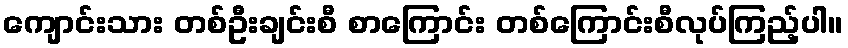
ကျောင်းသား တစ်ဦးချင်းစီ စာကြောင်း တစ်ကြောင်းစီလုပ်ကြည့်ပါ။